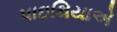
પાઇથિયાએ